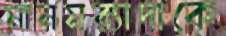
মানমর্যাদাকে